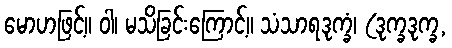
မောဟဖြင့်။ ဝါ၊ မသိခြင်းကြောင့်။ သံသာရဒုက္ခံ၊ (ဒုက္ခဒုက္ခ,